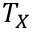
T _ { X }